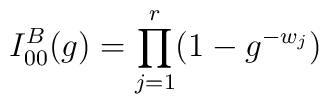
I^B_{00}(g) = \prod_{j=1}^r (1-g^{-w_j})